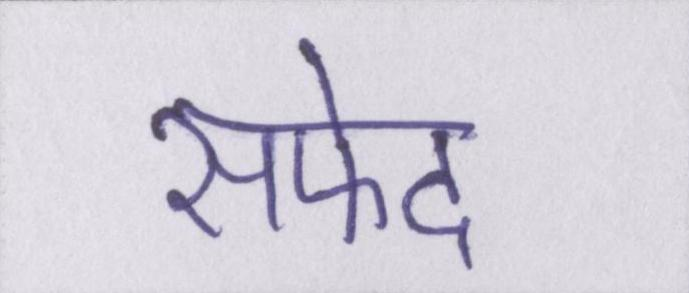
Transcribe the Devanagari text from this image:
सफेद